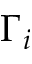
\Gamma _ { i }